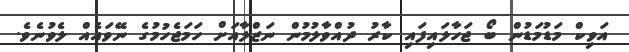
އަވިކް މަޑުމަޑުން ބޯ ޖަހާލައިފައި ކާރު ދުއްވާލުމުން ނަޒްލާއަށް ހަމަޖެހުމުގެ ނޭވައެއް ލެވުނެވެ.